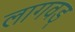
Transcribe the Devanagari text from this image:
लागवड्